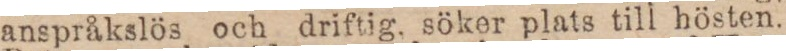
anspråkslös och driftig, söker plats till hösten.